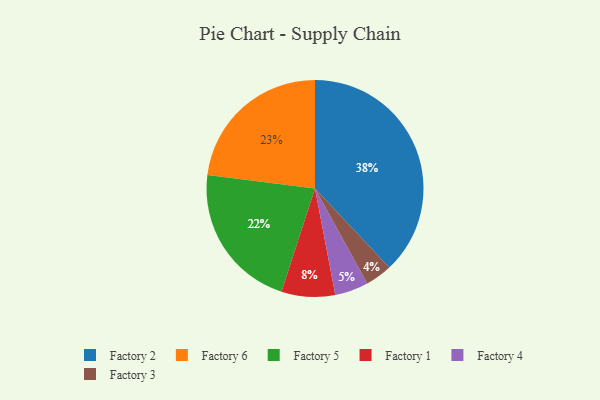
{"axis": {"x": "Category", "y": "Percentage"}, "legend": ["Factory 1", "Factory 2", "Factory 3", "Factory 4", "Factory 5", "Factory 6"], "data": [{"x": "Factory 5", "y": 22, "type": "Factory 5"}, {"x": "Factory 4", "y": 5, "type": "Factory 4"}, {"x": "Factory 3", "y": 4, "type": "Factory 3"}, {"x": "Factory 6", "y": 23, "type": "Factory 6"}, {"x": "Factory 2", "y": 38, "type": "Factory 2"}, {"x": "Factory 1", "y": 8, "type": "Factory 1"}]}